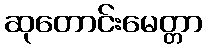
ဆုတောင်းမေတ္တာ